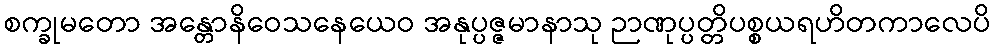
စက္ခုမတော အန္တောနိဝေသနေယေဝ အနုပ္ပဇ္ဇမာနာသု ဉာဏုပ္ပတ္တိပစ္စယရဟိတကာလေပိ